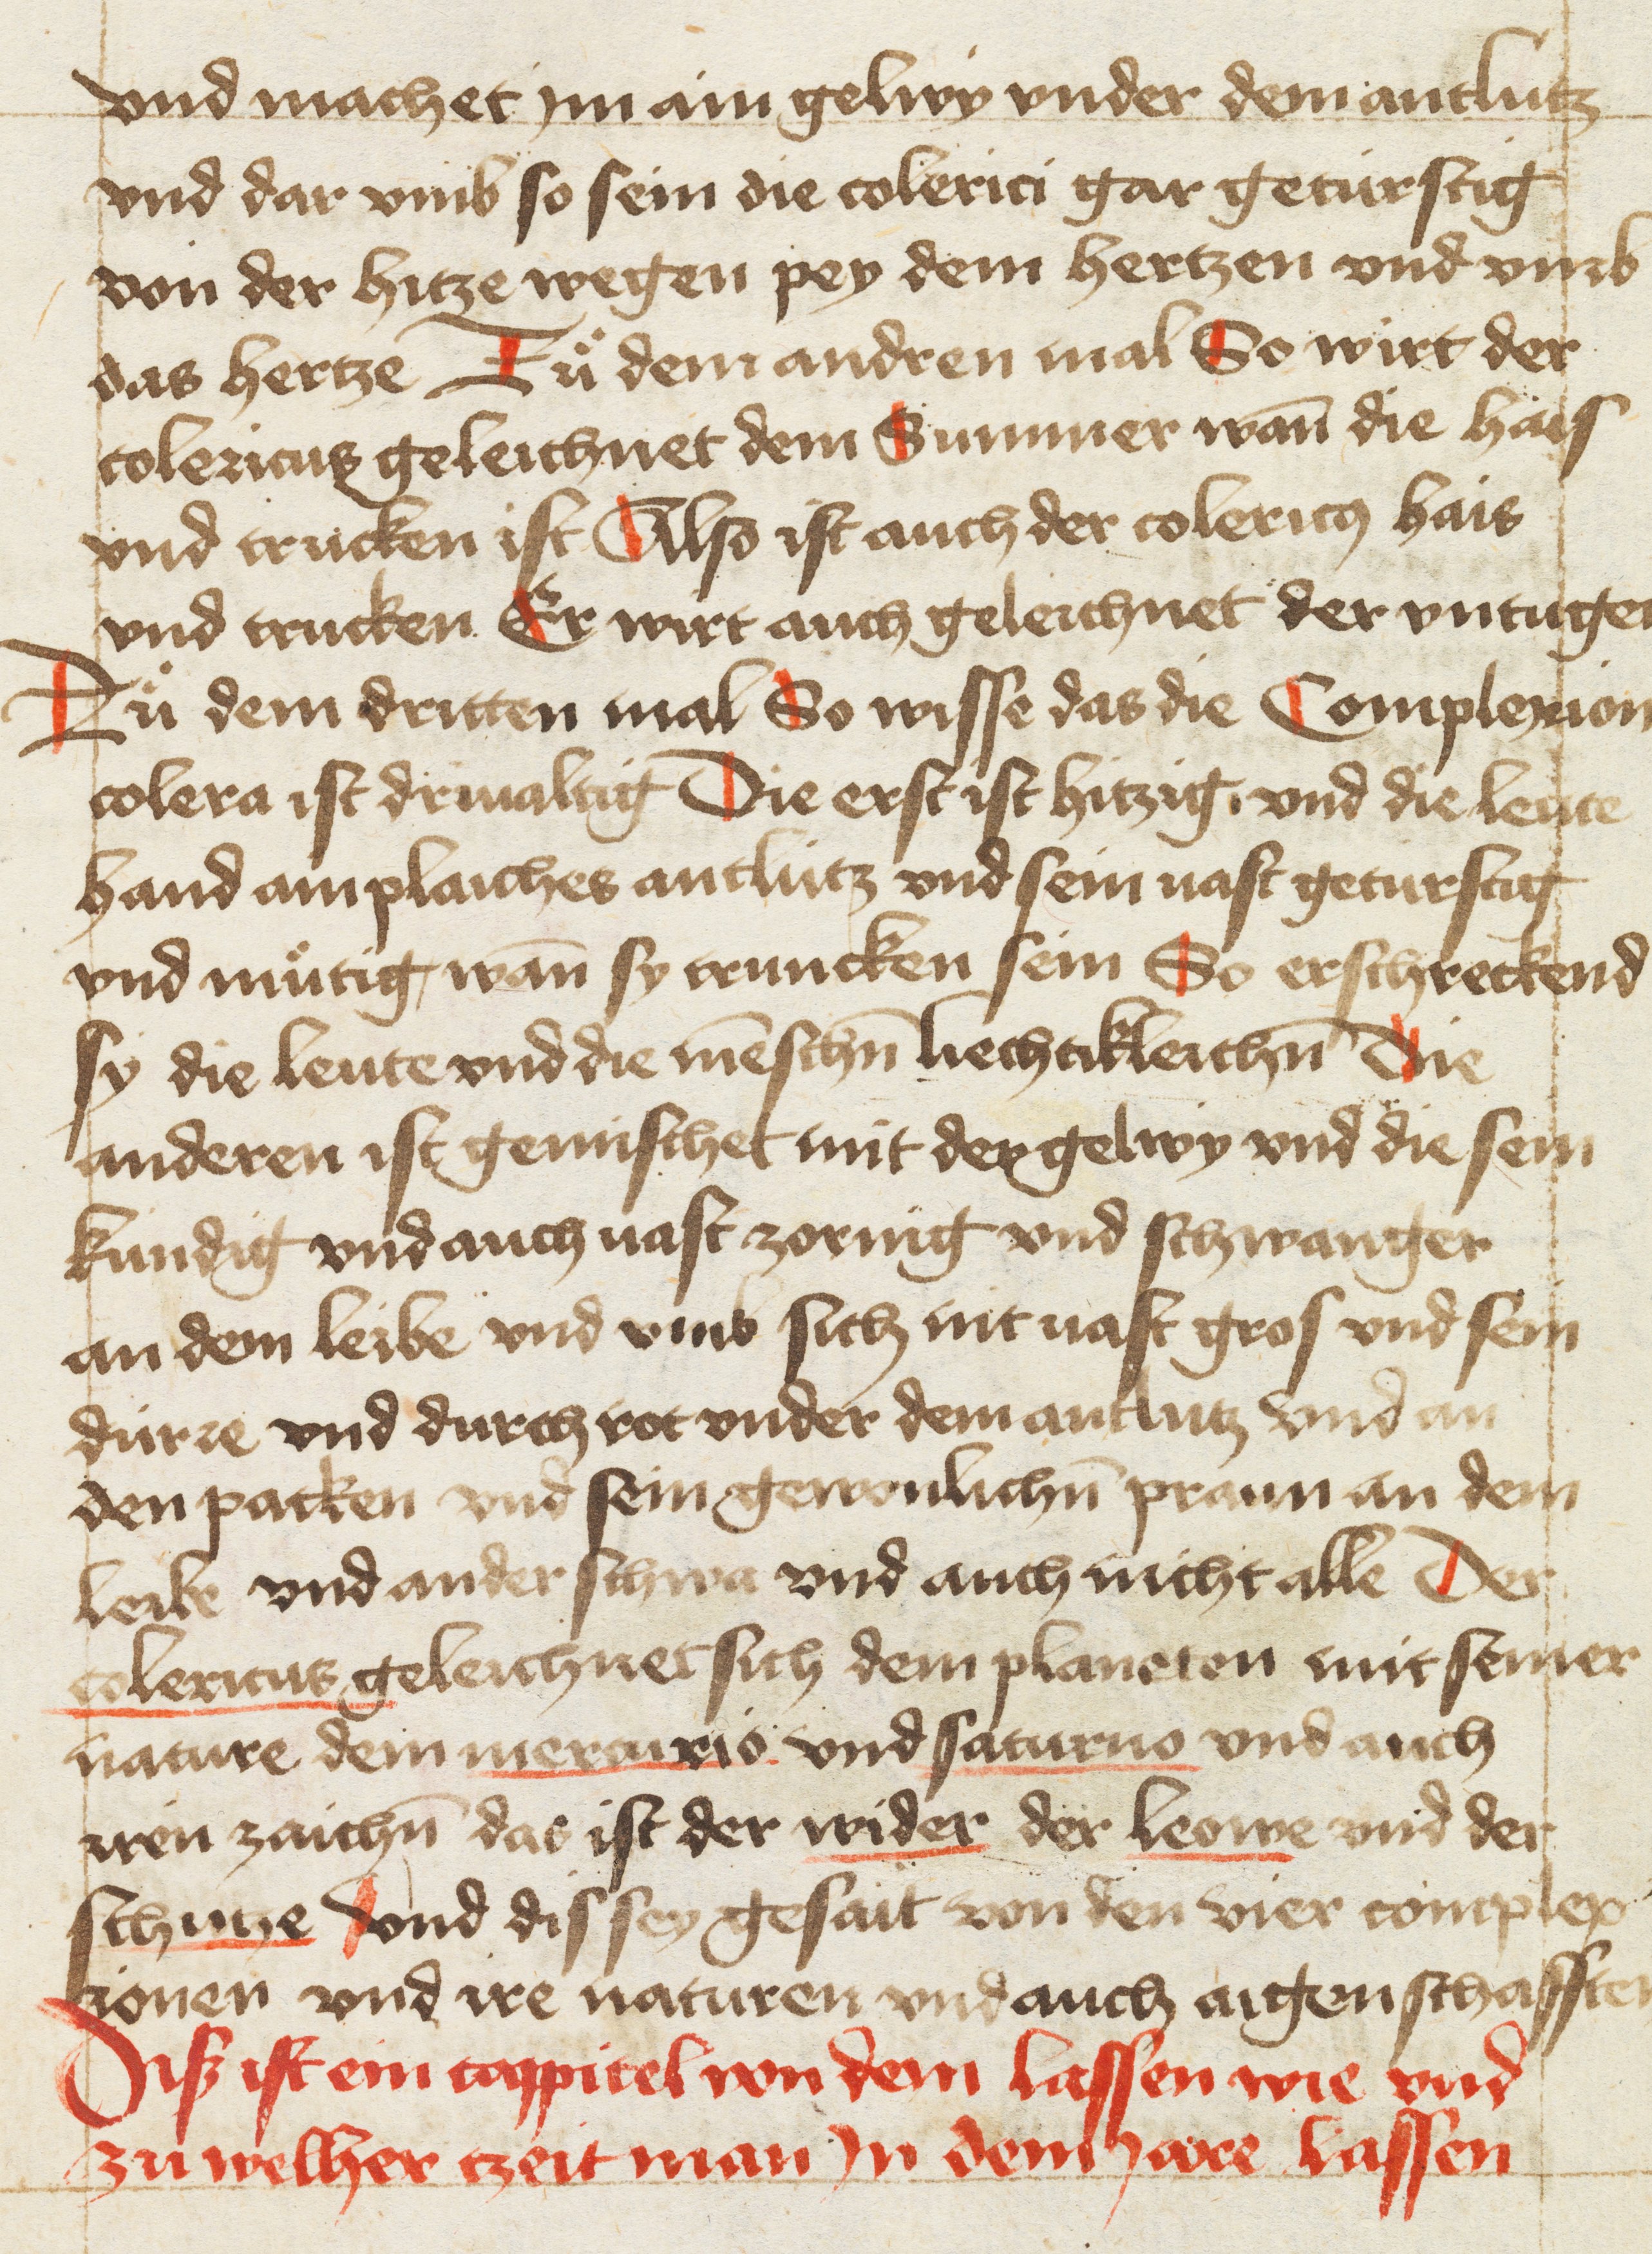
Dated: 1400–1499